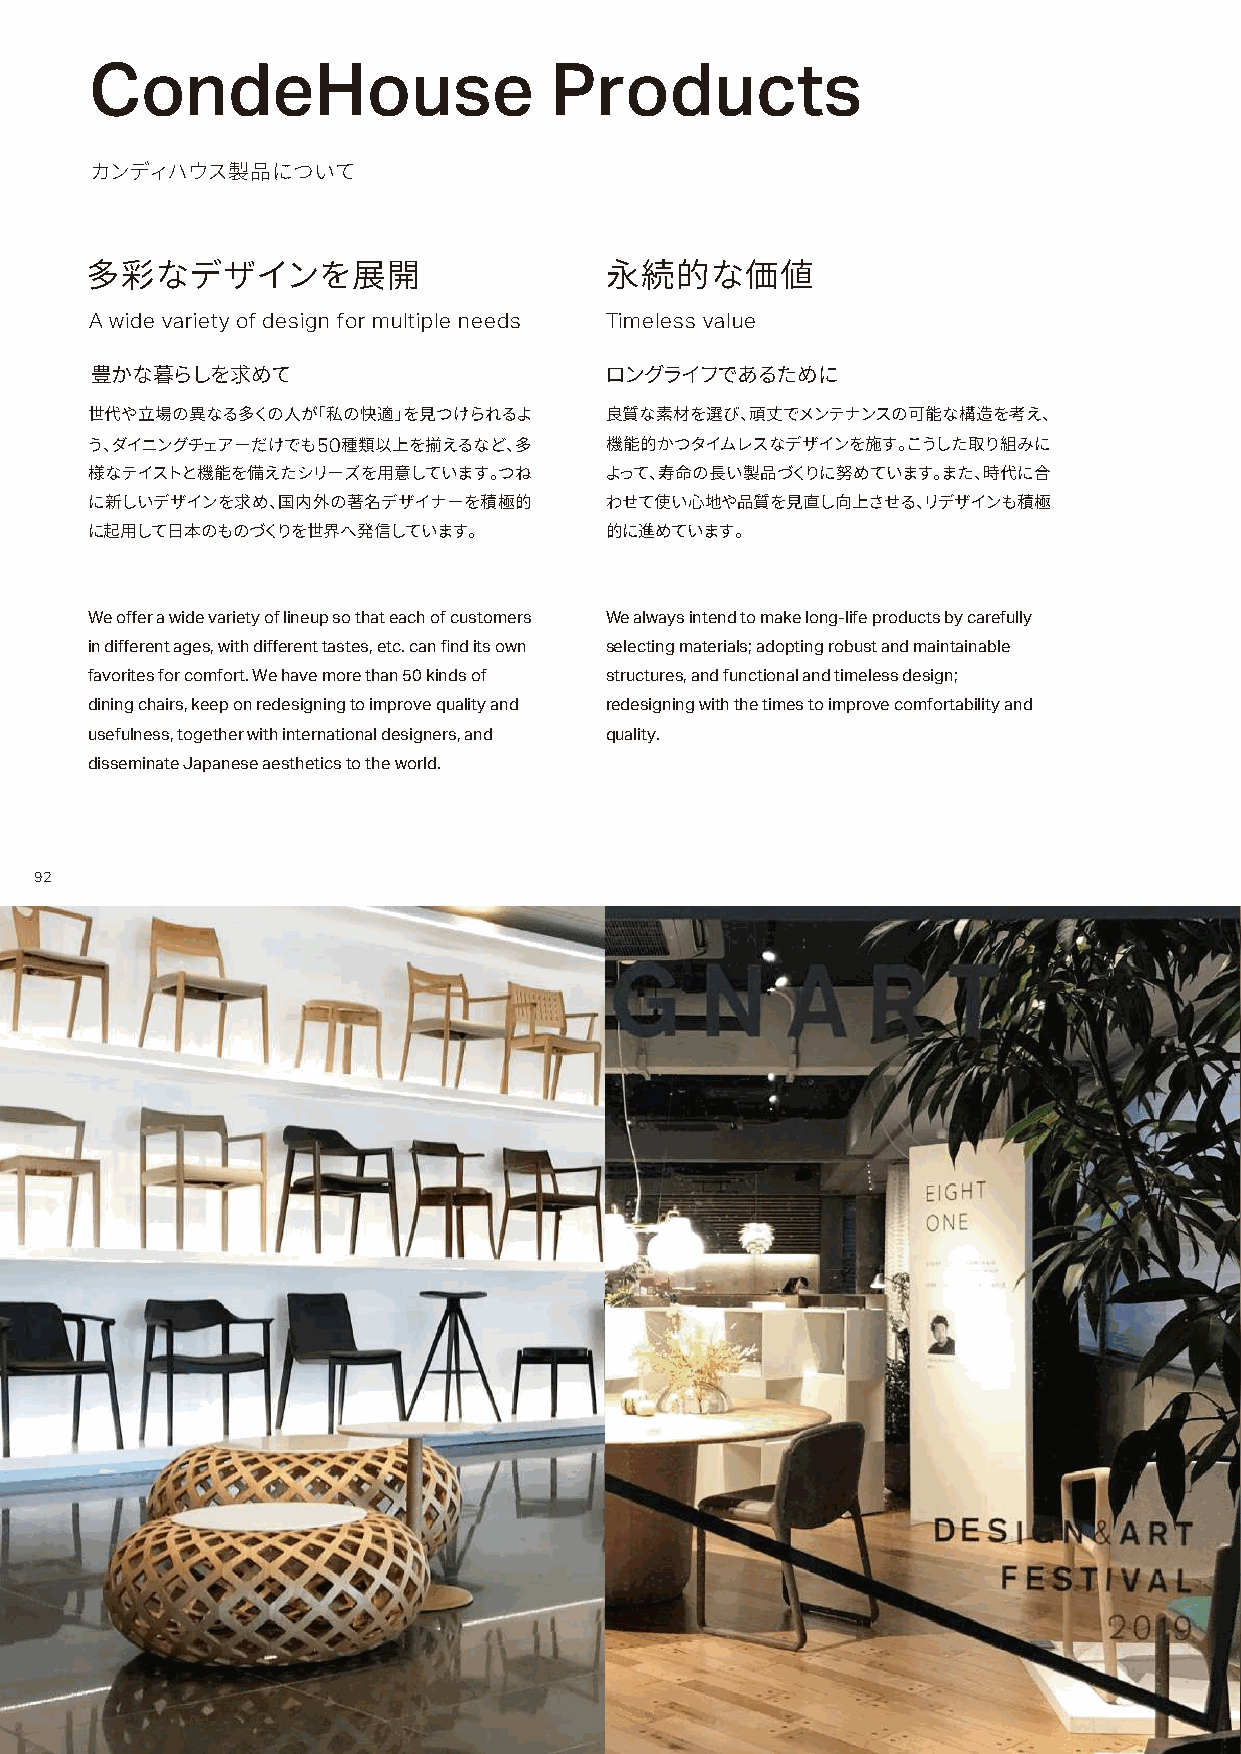
CondeHouse                    Products
 カンディハウス製品について
 多彩なデザインを展開                        永続的な価値
 A wide variety of design for multiple needs Timeless value
 豊かな暮らしを求めて                        ロングライフであるために
 世代や立場の異なる多くの人が「私の快適」を見つけられるよ      良質な素材を選び、頑丈でメンテナンスの可能な構造を考え、
 う、ダイニングチェアーだけでも50種類以上を揃えるなど、多     機能的かつタイムレスなデザインを施す。こうした取り組みに
 様なテイストと機能を備えたシリーズを用意しています。つね      よって、寿命の長い製品づくりに努めています。また、時代に合
 に新しいデザインを求め、国内外の著名デザイナーを積極的       わせて使い心地や品質を見直し向上させる、リデザインも積極
 に起用して日本のものづくりを世界へ発信しています。         的に進めています。
 We offer a wide variety of lineup so that each of customers We always intend to make long-life products by carefully
 in different ages, with different tastes, etc. can find its own selecting materials; adopting robust and maintainable
 favorites for comfort. We have more than 50 kinds of structures, and functional and timeless design;
 dining chairs, keep on redesigning to improve quality and redesigning with the times to improve comfortability and
 usefulness, together with international designers, and quality.
 disseminate Japanese aesthetics to the world.
 92